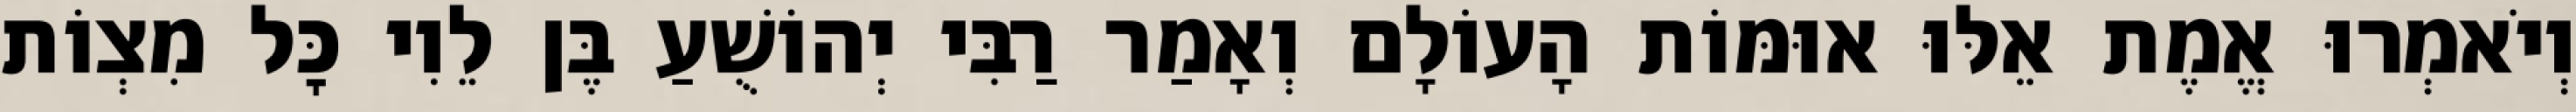
וְיֹאמְרוּ אֱמֶת אֵלּוּ אוּמּוֹת הָעוֹלָם וְאָמַר רַבִּי יְהוֹשֻׁעַ בֶּן לֵוִי כׇּל מִצְוֹת